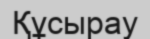
Құсырау